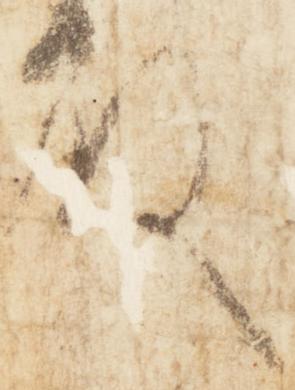
殿